Plague in India, 1896, 1897 - Volume 1
Year: 1896
Disease focus: Plague
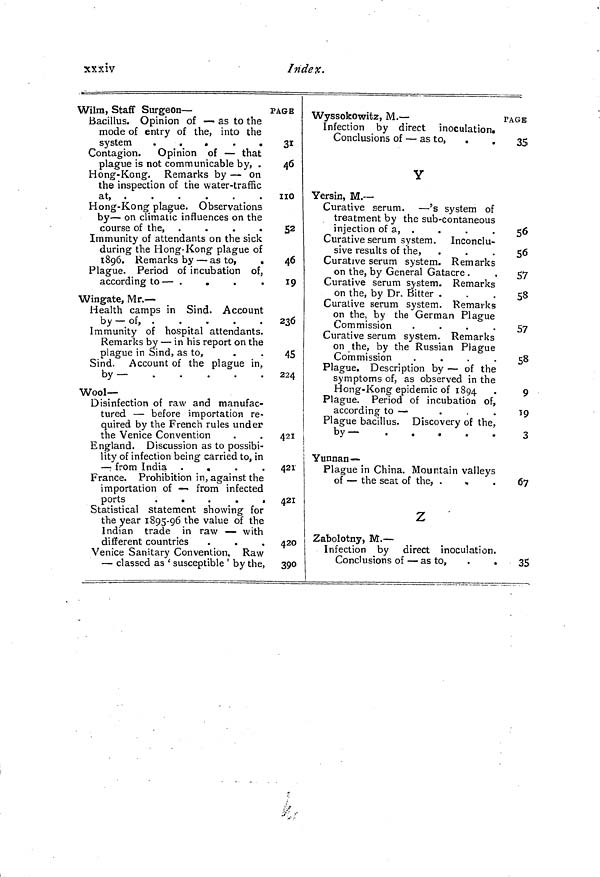
xxxiv
I ndex.
Wilm, Staff Surgeon-
Bacillus. Opinion of — as to the
mode of entry of the, into the
system
.
.
.
.
.
Contagion. Opinion of — that
plague is not communicable by, .
Hong- Kong. Remarks by — on
the inspection of the water-traffic
at,
Hong-Kong plague. Observations
by — on climatic influences on the
course of the, .
.
.
.
Immunity of attendants on the sick
during the Hong- Kong plague of
1896. Remarks by — as to,
.
Plague. Period of incubation of,
according to — .
.
Wingate, Mr. —
Health camps in Sind. Account
by — of, .
Immunity of hospital attendants.
Remarks by — in his report on the
plague in Sind, as to,
Sind. Account of the plague in,
by
Wool-
Disinfection of raw and manufac-
tured — before importation re-
quired by the French rules under
the Venice Convention
England. Discussion as to possibi-
lity of infection being carried to, in
— from India
.
France. Prohibition in, against the
importation of — from infected
ports
.
Statistical statement showing for
the year 1895-96 the value of the
Indian trade in raw — with
different countries
Venice Sanitary Convention, Raw
— classed as ' susceptible ' by the,
PAGE
31
46
110
52
46
19
236
45
224
421
421
421
420
390
Wyssokowitz, M. —
Infection by direct inoculation.
Conclusions of — as to, .
.
Y
Yersin, M. —
Curative serum. — 's system of
treatment by the sub-contaneous
injection of a, .
Curative serum system. Inconclu-
sive results of the,
Curative serum system. Remarks
on the, by General Gatacre .
Curative serum system. Remarks
on the, by Dr. Bitter .
Curative serum system. Remarks
on the, by the German Plague
Commission
.
.
.
.
Curative serum system. Remarks
on the, by the Russian Plague
Commission
.
.
.
.
Plague. Description by — of the
symptoms of, as observed in the
Hong-Kong epidemic of 1894
Plague. Period of incubation of,
according to —
Plague bacillus. Discovery of the,
by-
Yunnan —
Plague in China. Mountain valleys
of — the seat of the, .
Z
Zabolotny, M. —
Infection by direct inoculation.
Conclusions of — as to,
.
.
PAGE
35
56 tJ
56
57
58
57
58
9
19
3
67
35